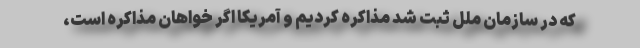
که در سازمان ملل ثبت شد مذاکره کردیم و آمریکا اگر خواهان مذاکره است،